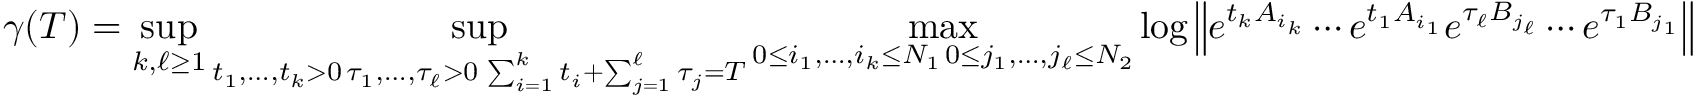
\gamma ( T ) = \operatorname* { s u p } _ { k , \ell \geq 1 } \operatorname* { s u p } _ { \substack { t _ { 1 } , \ldots , t _ { k } > 0 \, \tau _ { 1 } , \ldots , \tau _ { \ell } > 0 \, \sum _ { i = 1 } ^ { k } t _ { i } + \sum _ { j = 1 } ^ { \ell } \tau _ { j } = T } } \operatorname* { m a x } _ { \substack { 0 \leq i _ { 1 } , \ldots , i _ { k } \leq N _ { 1 } \, 0 \leq j _ { 1 } , \ldots , j _ { \ell } \leq N _ { 2 } } } \log \left\| e ^ { t _ { k } A _ { i _ { k } } } \cdots e ^ { t _ { 1 } A _ { i _ { 1 } } } e ^ { \tau _ { \ell } B _ { j _ { \ell } } } \cdots e ^ { \tau _ { 1 } B _ { j _ { 1 } } } \right\|